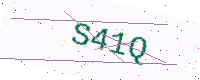
Text: S41Q